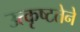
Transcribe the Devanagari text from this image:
उत्कृष्टतेने